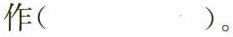
作( )。